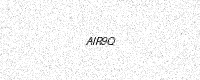
Text: AIR9Q